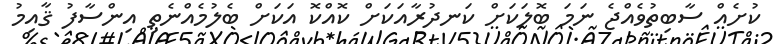
ކުށެއް ސާބިތުވެއްޖެ ނަމަ ބޮލަކަށް ކަނދުރާއަކަށް ކޮއްކޮ އަކަށް ބެލުމެއްނެތި އިންސާފު ޤާއިމު